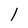
Character: 1